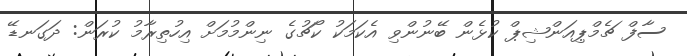
ސާފް ޗެމްޕިއަންޝިޕް ކުޅެން ބޭނުންވި އެކަމަކު ކޯޗުގެ ނިންމުމަށް އިހުތިރާމު ކުރަން: ދަގަނޑޭ